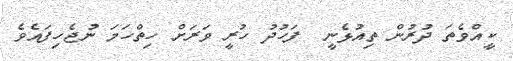
ކީއްވެތަ ދުރުން ތިއުޅެނީ  ފަހުދު ހުރީ ވަރަށް ހިތްހަމަ ނުޖެހިފައެވެ